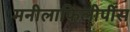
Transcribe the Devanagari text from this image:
मनीलाफिलीपींस